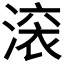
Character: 𬈟